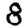
Digit: 8